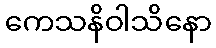
ကေသနိဝါသိနော